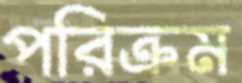
পরিক্রম